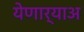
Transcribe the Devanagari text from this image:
येणार्‍याअ